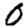
Digit: 0